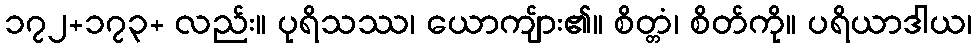
၁၇၂+၁၇၃+ လည်း။ ပုရိသဿ၊ ယောကျ်ား၏။ စိတ္တံ၊ စိတ်ကို။ ပရိယာဒါယ၊